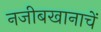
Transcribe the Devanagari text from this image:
नजीबखानाचें